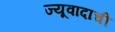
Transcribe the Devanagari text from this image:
ज्यूवादाची